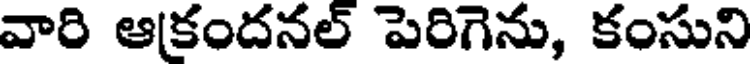
వారి ఆకందనల్ పెరిగెను, కంసుని